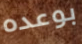
بوعده